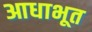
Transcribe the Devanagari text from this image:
आधाभूत